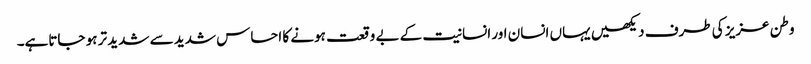
وطن عزیز کی طرف دیکھیں یہاں انسان اور انسانیت کے بے وقعت ہونے کا احساس شدید سے شدید تر ہو جاتاہے۔